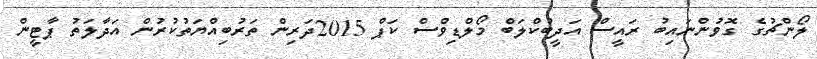
ލޯންޗުގެ ގޮވުންނައިބު ރައީސް އަދީބުކްލަބް މޯލްޑިވްސް ކަޕް 2015ދަރިން ތަރުބިއްޔަތުކުރުން އަދާލަތު ޕާޓީން